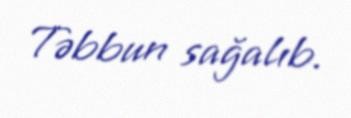
Təbbun sağalıb.